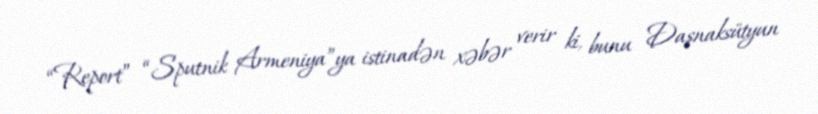
“Report” “Sputnik Armeniya”ya istinadən xəbər verir ki, bunu Daşnaksütyun